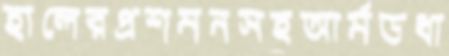
হালেরপ্রশমনসহআর্মডধা